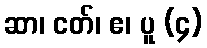
ဆာ၊ ငတ်၊ ဧ၊ ပူ (၄)